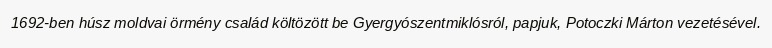
1692-ben húsz moldvai örmény család költözött be Gyergyószentmiklósról, papjuk, Potoczki Márton vezetésével.